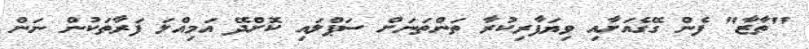
"ތާޒާ" ފެން ގޭގެއަށާއި ވިޔަފާރިކުރާ ތަންތަނަށް ސަޕްލައި ކޮށްދޭ އަމިއްލަ ފަރާތަކުން ނަން